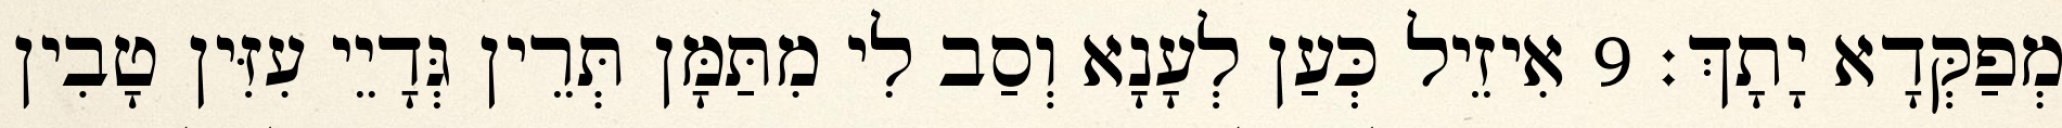
מְפַקְּדָא יָתָךְ׃ 9 אִיזֵיל כְּעַן לְעָנָא וְסַב לִי מִתַּמָּן תְּרֵין גְּדָיֵי עִזִּין טָבִין